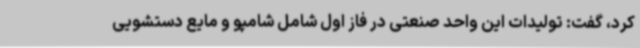
کرد، گفت: تولیدات این واحد صنعتی در فاز اول شامل شامپو و مایع دستشویی